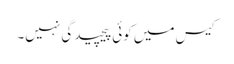
کیس میں کوئی پیچیدگی نہیں۔